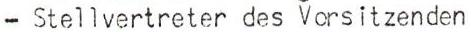
- Stellvertreter des Vorsitzenden